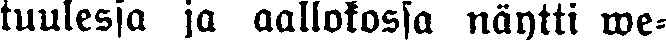
tuulessa ja aallokossa näytti we-